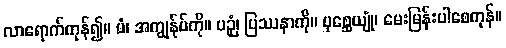
လာရောက်ကုန်၍။ မံ၊ အကျွန်ုပ်ကို။ ပဉှံ၊ ပြဿနာကို။ ပုစ္ဆေယျုံ၊ မေးမြန်းပါစေကုန်။